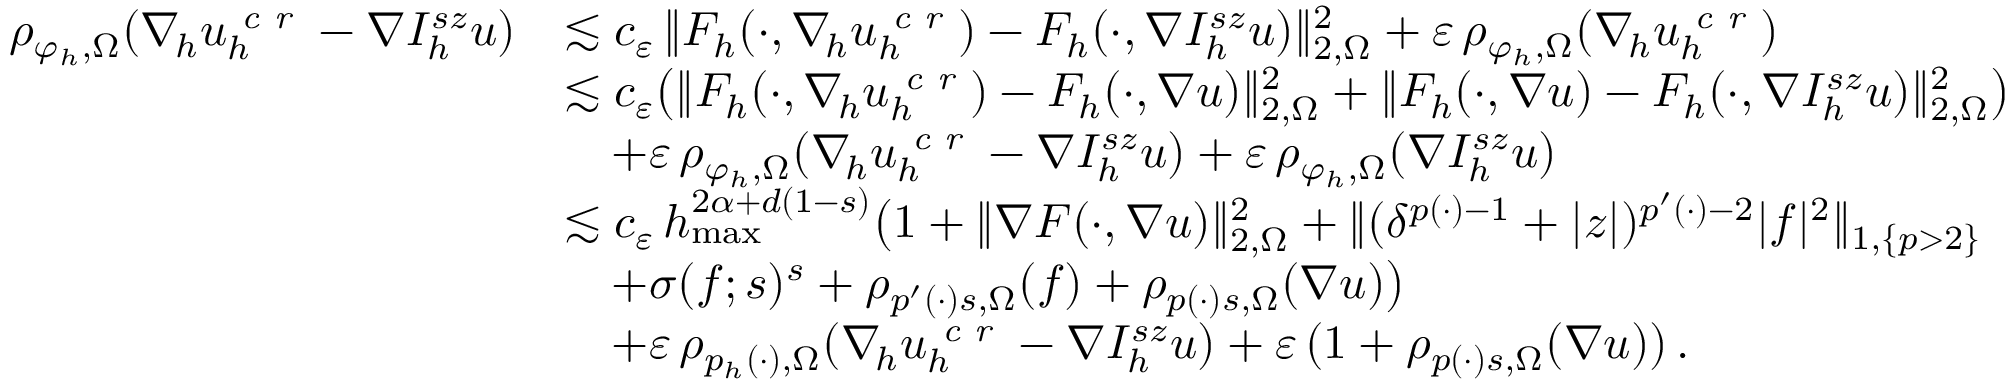
\begin{array} { r l } { \rho _ { \varphi _ { h } , \Omega } ( \nabla _ { \! h } u _ { h } ^ { \textit { c r } } - \nabla I _ { h } ^ { s z } u ) } & { \lesssim c _ { \varepsilon } \, \| F _ { h } ( \cdot , \nabla _ { \! h } u _ { h } ^ { \textit { c r } } ) - F _ { h } ( \cdot , \nabla I _ { h } ^ { s z } u ) \| _ { 2 , \Omega } ^ { 2 } + \varepsilon \, \rho _ { \varphi _ { h } , \Omega } ( \nabla _ { \! h } u _ { h } ^ { \textit { c r } } ) } \\ & { \lesssim c _ { \varepsilon } \big ( \| F _ { h } ( \cdot , \nabla _ { \! h } u _ { h } ^ { \textit { c r } } ) - F _ { h } ( \cdot , \nabla u ) \| _ { 2 , \Omega } ^ { 2 } + \| F _ { h } ( \cdot , \nabla u ) - F _ { h } ( \cdot , \nabla I _ { h } ^ { s z } u ) \| _ { 2 , \Omega } ^ { 2 } \big ) } \\ & { \quad + \varepsilon \, \rho _ { \varphi _ { h } , \Omega } ( \nabla _ { \! h } u _ { h } ^ { \textit { c r } } - \nabla I _ { h } ^ { s z } u ) + \varepsilon \, \rho _ { \varphi _ { h } , \Omega } ( \nabla I _ { h } ^ { s z } u ) } \\ & { \lesssim c _ { \varepsilon } \, h _ { \operatorname* { m a x } } ^ { 2 \alpha + d ( 1 - s ) } \big ( 1 + \| \nabla F ( \cdot , \nabla u ) \| _ { 2 , \Omega } ^ { 2 } + \| ( \delta ^ { p ( \cdot ) - 1 } + \vert z \vert ) ^ { p ^ { \prime } ( \cdot ) - 2 } \vert f \vert ^ { 2 } \| _ { 1 , \{ p > 2 \} } } \\ & { \quad + \sigma ( f ; s ) ^ { s } + \rho _ { p ^ { \prime } ( \cdot ) s , \Omega } ( f ) + \rho _ { p ( \cdot ) s , \Omega } ( \nabla u ) \big ) } \\ & { \quad + \varepsilon \, \rho _ { p _ { h } ( \cdot ) , \Omega } ( \nabla _ { \! h } u _ { h } ^ { \textit { c r } } - \nabla I _ { h } ^ { s z } u ) + \varepsilon \, ( 1 + \rho _ { p ( \cdot ) s , \Omega } ( \nabla u ) ) \, . } \end{array}